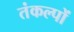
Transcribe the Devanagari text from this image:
तंकल्पों